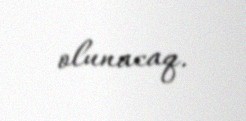
olunacaq.